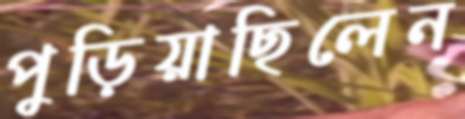
পুড়িয়াছিলেন